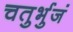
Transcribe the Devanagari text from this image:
चतुर्भुजं